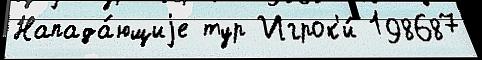
Напада́ющиjе тур Игрок'и́ 198687